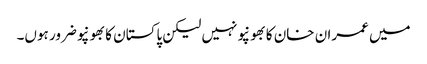
میں عمران خان کا بھونپو نہیں لیکن پاکستان کا بھونپو ضرور ہوں۔